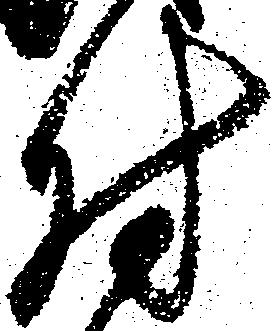
付